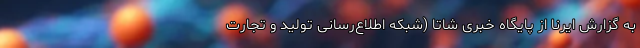
به گزارش ایرنا از پایگاه خبری شاتا (شبکه اطلاع‌رسانی تولید و تجارت